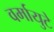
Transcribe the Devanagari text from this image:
वर्मायुटे